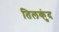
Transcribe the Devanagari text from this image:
तिलकुंद